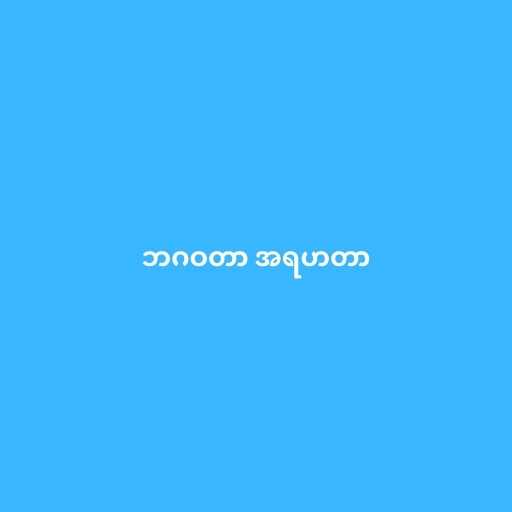
ဘဂဝတာ အရဟတာ